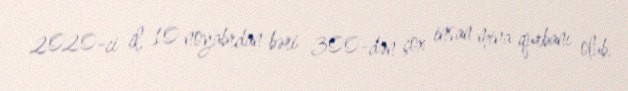
2020-ci il, 10 noyabrdan bəri 300-dən çox insan mina qurbanı olub.